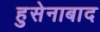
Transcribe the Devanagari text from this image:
हुसेनाबाद